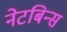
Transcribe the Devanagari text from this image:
नेटबिन्स